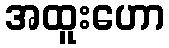
အထူးဟော